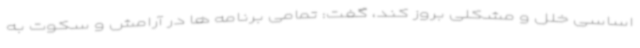
اساسی خلل و مشکلی بروز کند، گفت: تمامی برنامه ها در آرامش و سکوت به